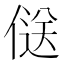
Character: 𠌡